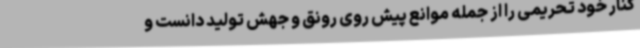
کنار خود تحریمی را از جمله موانع پیش روی رونق و جهش تولید دانست و